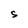
Character: S